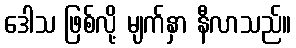
ဒေါသ ဖြစ်လို့ မျက်နှာ နီလာသည်။